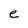
Character: e